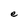
Character: e